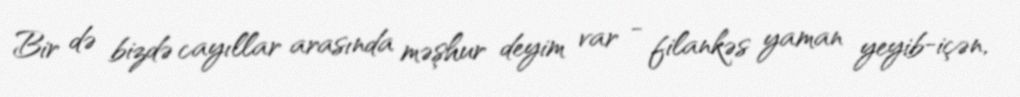
Bir də bizdə cayıllar arasında məşhur deyim var - filankəs yaman yeyib-içən,